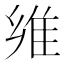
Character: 𱁈